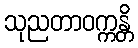
သုညတာဝက္ကန္တိ